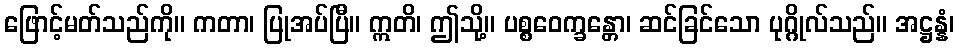
ဖြောင့်မတ်သည်ကို။ ကတာ၊ ပြုအပ်ပြီ။ ဣတိ၊ ဤသို့။ ပစ္စဝေက္ခန္တော၊ ဆင်ခြင်သော ပုဂ္ဂိုလ်သည်။ အဋ္ဌန္နံ၊